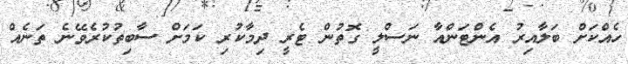
ހެއްކަށް ބަލާއިރު އެންޓަންއާ ނަސްލީ ގޮތުން ޓެރީ ދިމާކުރި ކަމަށް ސާބިތުކުރެވޭނެ ތަނެއް